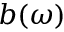
b ( \omega )